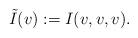
LaTeX: \begin{align*} \tilde I(v) := I(v,v,v).\end{align*}